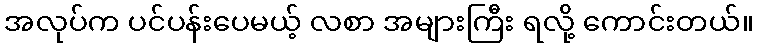
အလုပ်က ပင်ပန်းပေမယ့် လစာ အများကြီး ရလို့ ကောင်းတယ်။